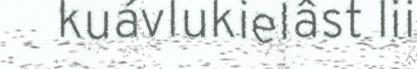
kuávlukielâst lii